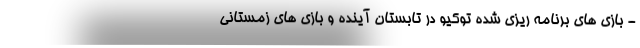
- بازی های برنامه ریزی شده توکیو در تابستان آینده و بازی های زمستانی